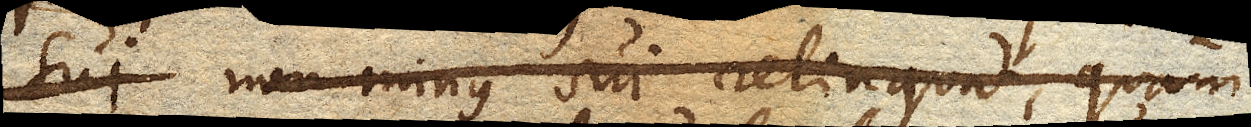
sui non minus sui relinquat, quam